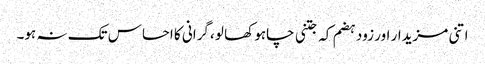
اتنی مزیدار اور زود ہضم کہ جتنی چاہو کھا لو ،گرانی کا احساس تک نہ ہو۔